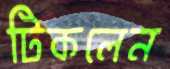
টিকলেন